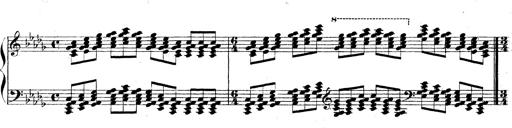
Title: Technische Studien
Composer: Franz Liszt